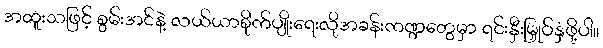
အထူးသဖြင့် စွမ်းအင်နဲ့ လယ်ယာစိုက်ပျိုးရေးလိုအခန်းကဏ္ဍတွေမှာ ရင်းနှီးမြှုပ်နှံဖို့ပါ။